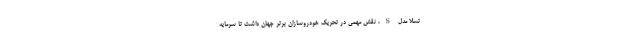
تسلا مدل S، نقش مهمی در تحریک خودروسازان برتر جهان داشت تا سرمایه